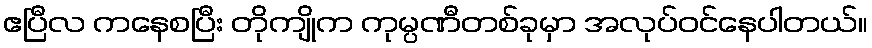
ဧပြီလ ကနေစပြီး တိုကျိုက ကုမ္ပဏီတစ်ခုမှာ အလုပ်ဝင်နေပါတယ်။